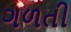
ગળતી